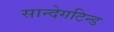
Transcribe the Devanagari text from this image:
सान्देगटिन्ड